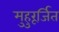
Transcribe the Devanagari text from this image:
मुहुरूर्जित